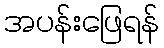
အပန်းဖြေရန်